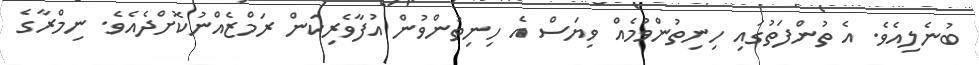
ބުނެލިއެވެ. އެ ތުންފަތުގައި ހިނިތުންވުމެއް ވިޔަސް އެ ހިނިތުންވުން އުފާވެރިކަން ރަމްޒެއްނުކޮށްދެއެވެ. ނިމްރާގެ